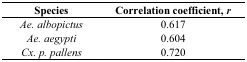
| Species | Correlation coefficient, r |
 | --- | --- |
 | Ae. albopictus | 0.617 |
 | Ae. aegypti | 0.604 |
 | Cx. p. pallens | 0.720 |